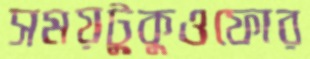
সময়টুকুওফোর